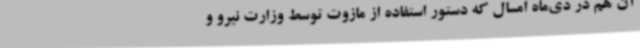
آن هم در دی‌ماه امسال که دستور استفاده از مازوت توسط وزارت نیرو و